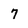
Character: 7